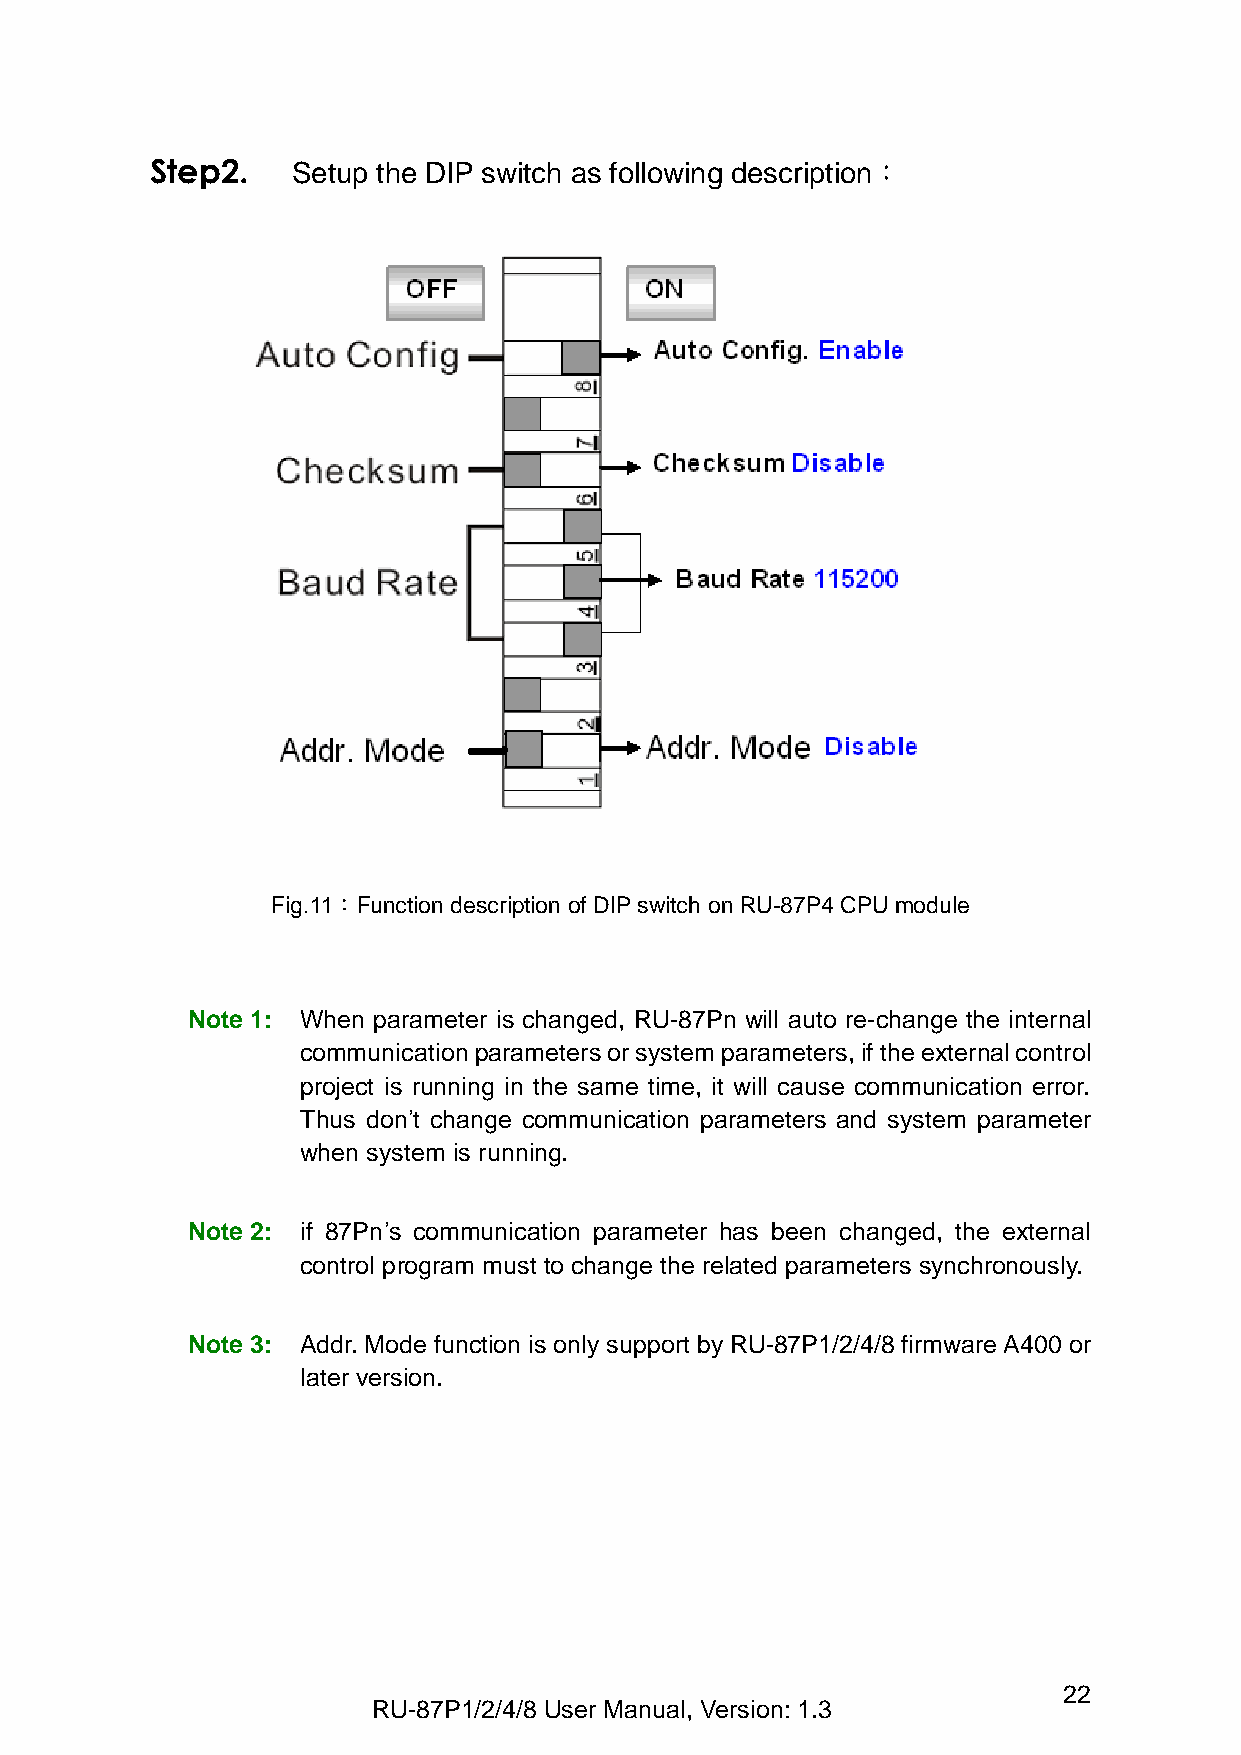
Step2.   Setup the DIP switch as following description：
 Fig.11：Function description of DIP switch on RU-87P4 CPU module
 Note 1: When parameter is changed, RU-87Pn will auto re-change the internal
 communication parameters or system parameters, if the external control
 project is running in the same time, it will cause communication error.
 Thus don’t change communication parameters and system parameter
 when system is running.
 Note 2: if 87Pn’s communication parameter has been changed, the external
 control program must to change the related parameters synchronously.
 Note 3: Addr. Mode function is only support by RU-87P1/2/4/8 firmware A400 or
 later version.
 22
 RU-87P1/2/4/8 User Manual, Version: 1.3